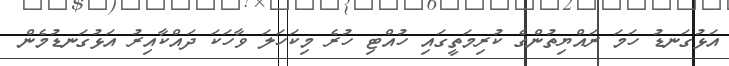
އަޅުގަނޑު ހަމަ ރައްޔިތުންގެ ކުރިމަތީގައި ހުއްޓި ހުރެ މިކަހަލަ ވާހަކަ ދައްކާއިރު އަޅުގަނޑުމެން